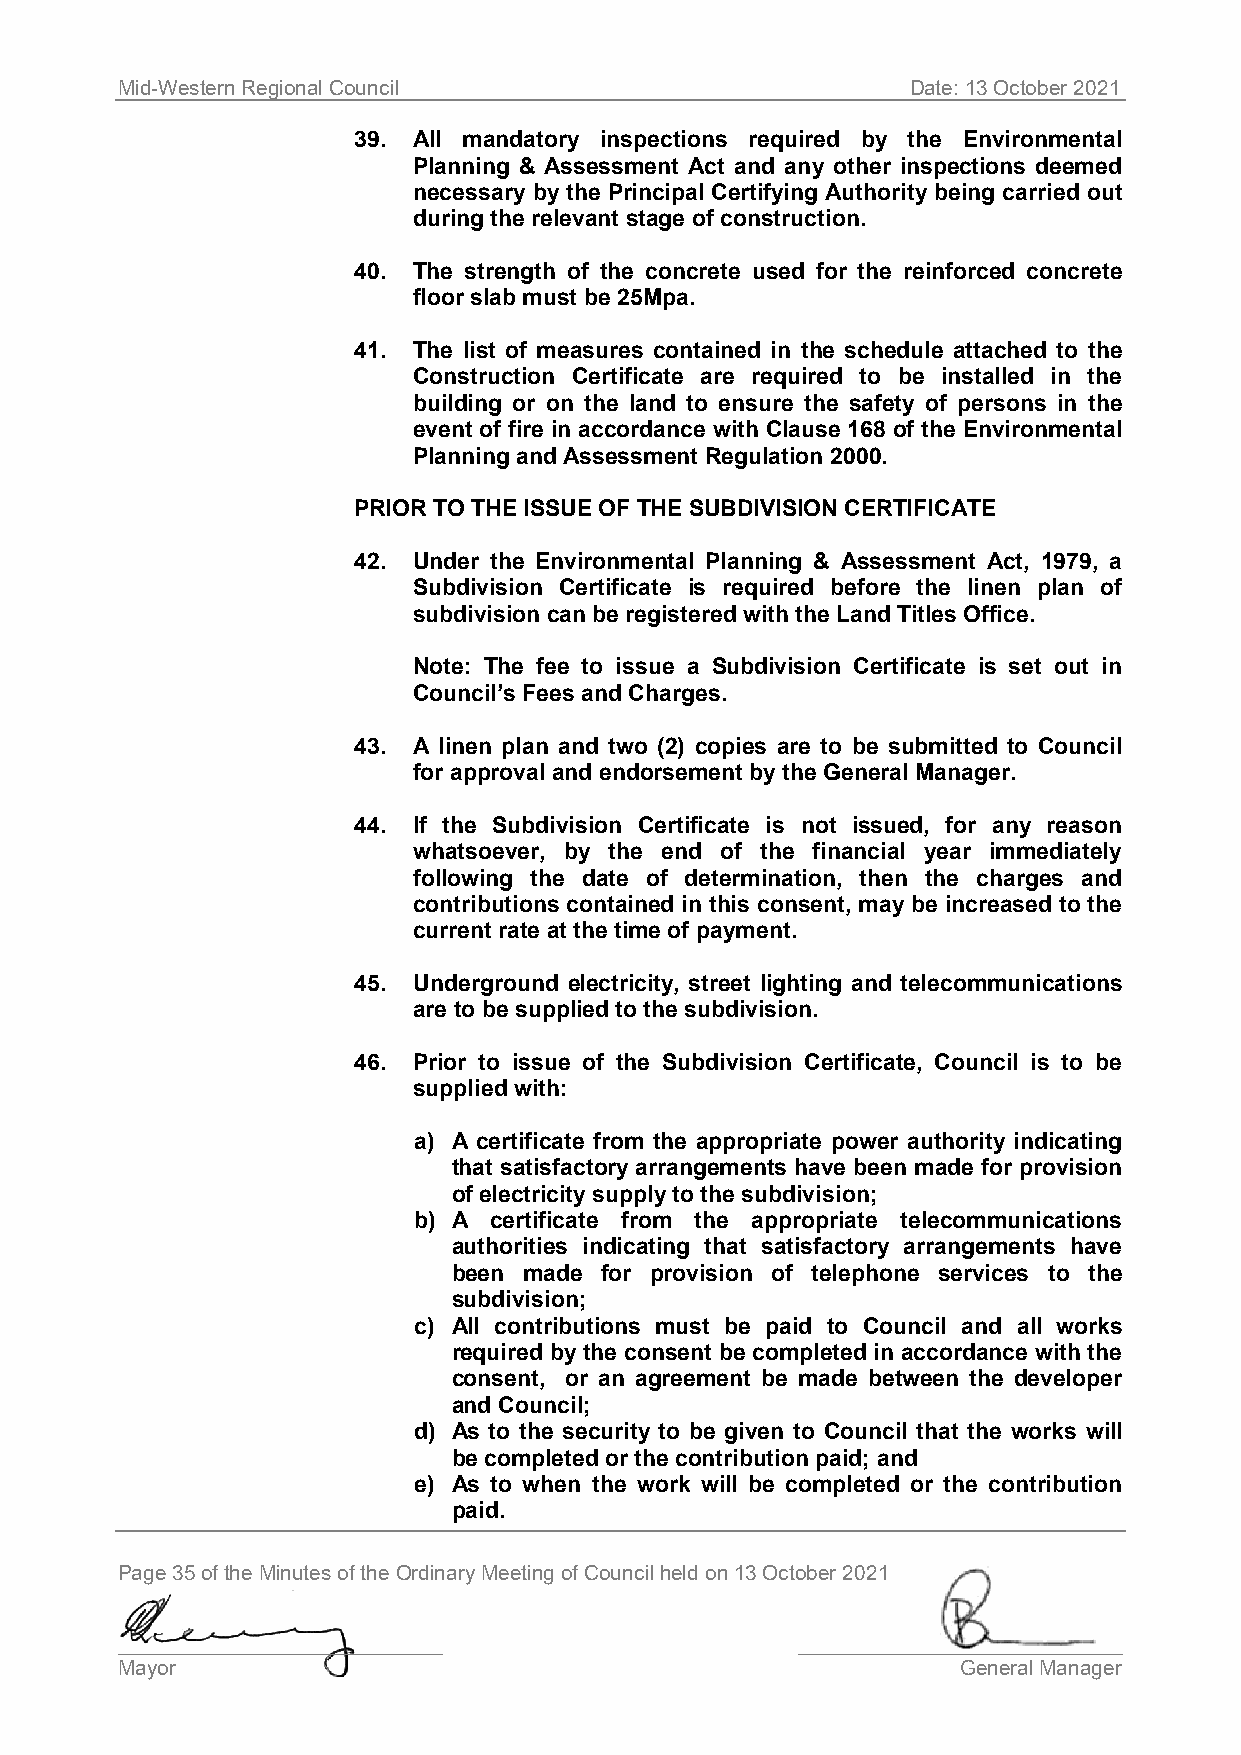
Mid-Western Regional Council                        Date: 13 October 2021
 39. All mandatory inspections required by the Environmental
 Planning & Assessment Act and any other inspections deemed
 necessary by the Principal Certifying Authority being carried out
 during the relevant stage of construction.
 40. The strength of the concrete used for the reinforced concrete
 floor slab must be 25Mpa.
 41. The list of measures contained in the schedule attached to the
 Construction Certificate are required to be installed in the
 building or on the land to ensure the safety of persons in the
 event of fire in accordance with Clause 168 of the Environmental
 Planning and Assessment Regulation 2000.
 PRIOR TO THE ISSUE OF THE SUBDIVISION CERTIFICATE
 42. Under the Environmental Planning & Assessment Act, 1979, a
 Subdivision Certificate is required before the linen plan of
 subdivision can be registered with the Land Titles Office.
 Note: The fee to issue a Subdivision Certificate is set out in
 Council’s Fees and Charges.
 43. A linen plan and two (2) copies are to be submitted to Council
 for approval and endorsement by the General Manager.
 44. If the Subdivision Certificate is not issued, for any reason
 whatsoever, by the end of the financial year immediately
 following the date of determination, then the charges and
 contributions contained in this consent, may be increased to the
 current rate at the time of payment.
 45. Underground electricity, street lighting and telecommunications
 are to be supplied to the subdivision.
 46. Prior to issue of the Subdivision Certificate, Council is to be
 supplied with:
 a) A certificate from the appropriate power authority indicating
 that satisfactory arrangements have been made for provision
 of electricity supply to the subdivision;
 b) A certificate from the appropriate telecommunications
 authorities indicating that satisfactory arrangements have
 been made for provision of telephone services to the
 subdivision;
 c) All contributions must be paid to Council and all works
 required by the consent be completed in accordance with the
 consent, or an agreement be made between the developer
 and Council;
 d) As to the security to be given to Council that the works will
 be completed or the contribution paid; and
 e) As to when the work will be completed or the contribution
 paid.
 Page 35 of the Minutes of the Ordinary Meeting of Council held on 13 October 2021
 ____________________________                 ____________________________
 Mayor                                                   General Manager